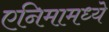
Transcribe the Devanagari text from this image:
एनिमामध्ये